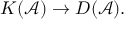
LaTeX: K ( { \mathcal { A } } ) \rightarrow D ( { \mathcal { A } } ) .